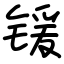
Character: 锾